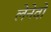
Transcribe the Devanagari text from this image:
लेनेवो